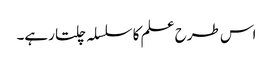
اس طرح علم کا سلسلہ چلتا رہے۔